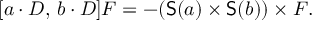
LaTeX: [ a \cdot D , \, b \cdot D ] F = - ( { \mathsf { S } } ( a ) \times { \mathsf { S } } ( b ) ) \times F .